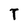
Character: T